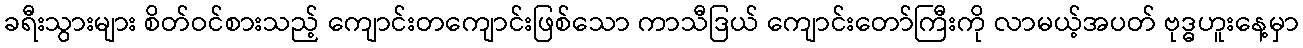
ခရီးသွားများ စိတ်ဝင်စားသည့် ကျောင်းတကျောင်းဖြစ်သော ကာသီဒြယ် ကျောင်းတော်ကြီးကို လာမယ့်အပတ် ဗုဒ္ဓဟူးနေ့မှာ